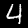
Digit: 4